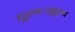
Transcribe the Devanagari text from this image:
दुखःसुख